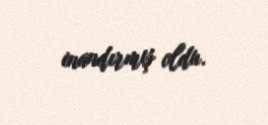
inandırmış oldu.